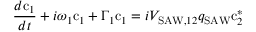
\frac { d \mathrm { c } _ { 1 } } { d t } + i \omega _ { 1 } \mathrm { c } _ { 1 } + \Gamma _ { 1 } \mathrm { c } _ { 1 } = i V _ { \mathrm { S A W } , 1 2 } q _ { \mathrm { S A W } } \mathrm { c } _ { 2 } ^ { * }